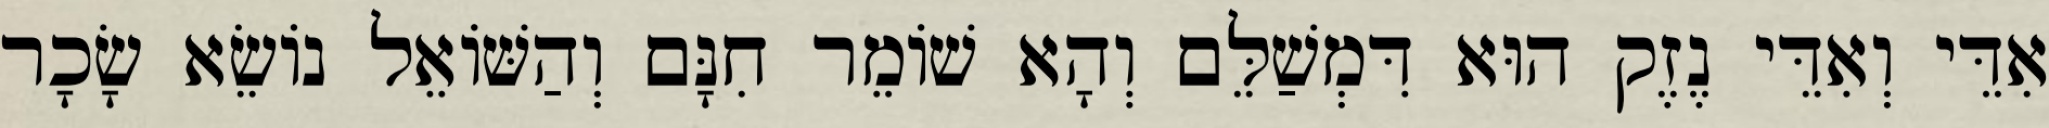
אִדֵּי וְאִדֵּי נֶזֶק הוּא דִּמְשַׁלֵּם וְהָא שׁוֹמֵר חִנָּם וְהַשּׁוֹאֵל נוֹשֵׂא שָׂכָר